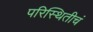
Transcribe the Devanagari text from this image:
परिस्थितीचं